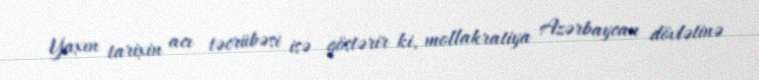
Yaxın tarixin acı təcrübəsi isə göstərir ki, mollakratiya Azərbaycan dövlətinə